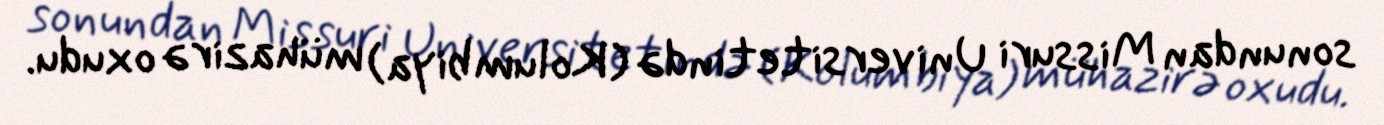
sonundan Missuri Universitetində (Kolumbiya) mühazirə oxudu.